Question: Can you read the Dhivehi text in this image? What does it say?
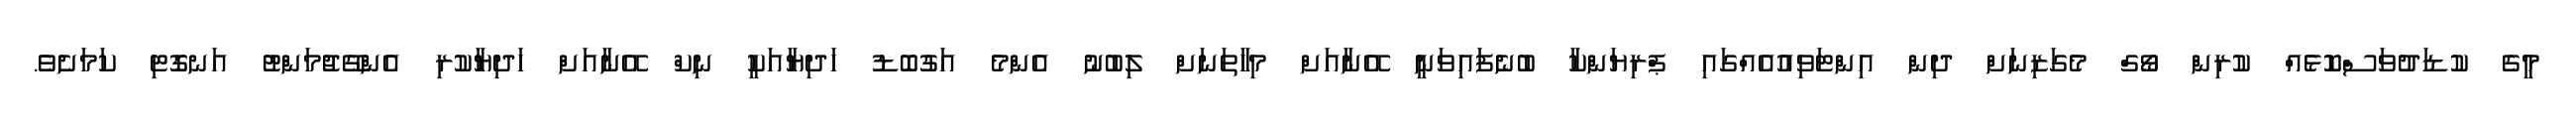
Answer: މީގެ ކުޑަދުވަސްކޮޅެއް ކުރިން ވޯގް މެގަޒިނަށް ދިން އިންޓަވިއުއެއްގައި ޕްރިޔަންކާ ބުނެފައިވަނީ އޭނާއަށް މިހާތަނަށް ލިބުނު އެންމެ އަގުބޮޑު ހަދިޔާއަކީ ނިކް އޭނާއަށް ހަދިޔާކުރި އެންގޭޖުމަންޓު އަނގޮޓި ކަމަށެވެ.